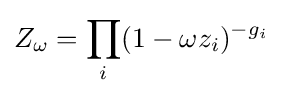
Z_{\omega }=\prod _{i}(1-\omega z_{i})^{-g_{i}}